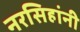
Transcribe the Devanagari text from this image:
नरसिहांनी